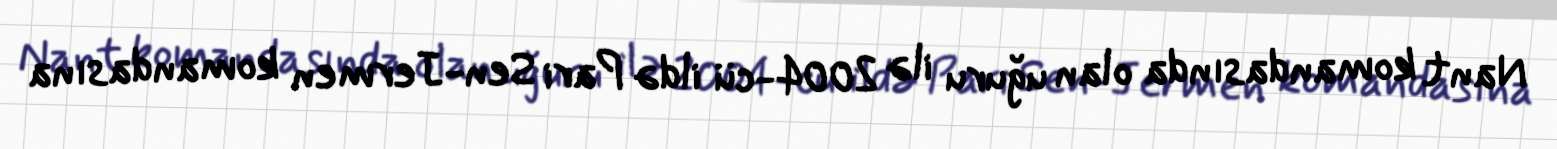
Nant komandasında olan uğuru ilə 2004-cü ildə Pari Sen-Jermen komandasına